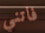
فاتني